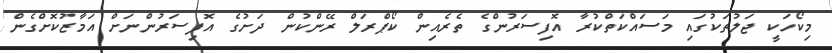
މިކޯހަކީ ޖަލުތަކުގައި މަސައްކަތްކުރާ އޮފިސަރުންގެ ތެރެއިން ކޯޕްރަލް ރޭންކުން ދަށުގެ އޮފިސަރުންނަށް އަމާޒުކޮށްގެން